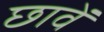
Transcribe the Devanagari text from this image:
छावें